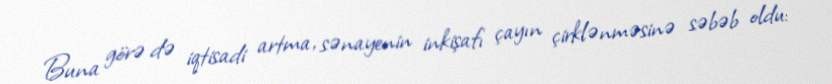
Buna görə də iqtisadi artma, sənayenin inkişafı çayın çirklənməsinə səbəb oldu: